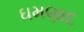
ઘમણાદ